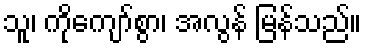
သူ၊ ကိုကျော်စွာ၊ အလွန် မြန်သည်။